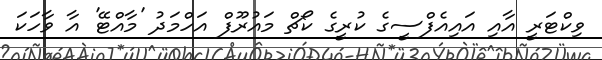
ވިކްޓަރީ އާއި އައިއެފްސީގެ ކުރީގެ ކޯޗް މައުރޫފް އަހްމަދު 'މާއްޓޭ' އާ ވާހަކަ